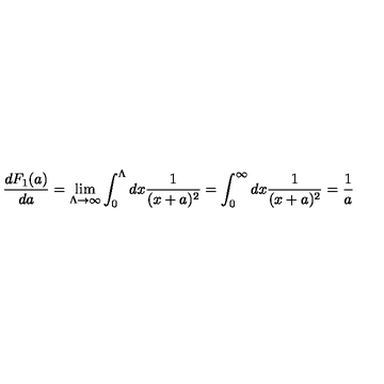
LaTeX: \frac { d F _ { 1 } ( a ) } { d a } = \lim _ { \Lambda \rightarrow \infty } \int _ { 0 } ^ { \Lambda } d x \frac 1 { ( x + a ) ^ { 2 } } = \int _ { 0 } ^ { \infty } d x \frac 1 { ( x + a ) ^ { 2 } } = \frac 1 a